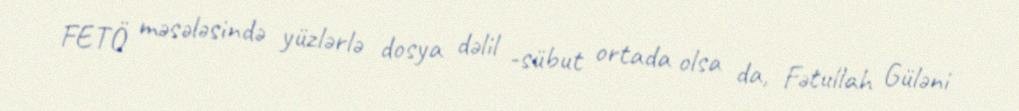
FETÖ məsələsində yüzlərlə dosya dəlil -sübut ortada olsa da, Fətullah Güləni